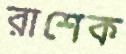
রাশেক